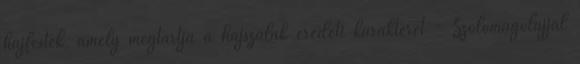
hajfesték, amely megtartja a hajszálak eredeti karakterét - Szőlőmagolajjal